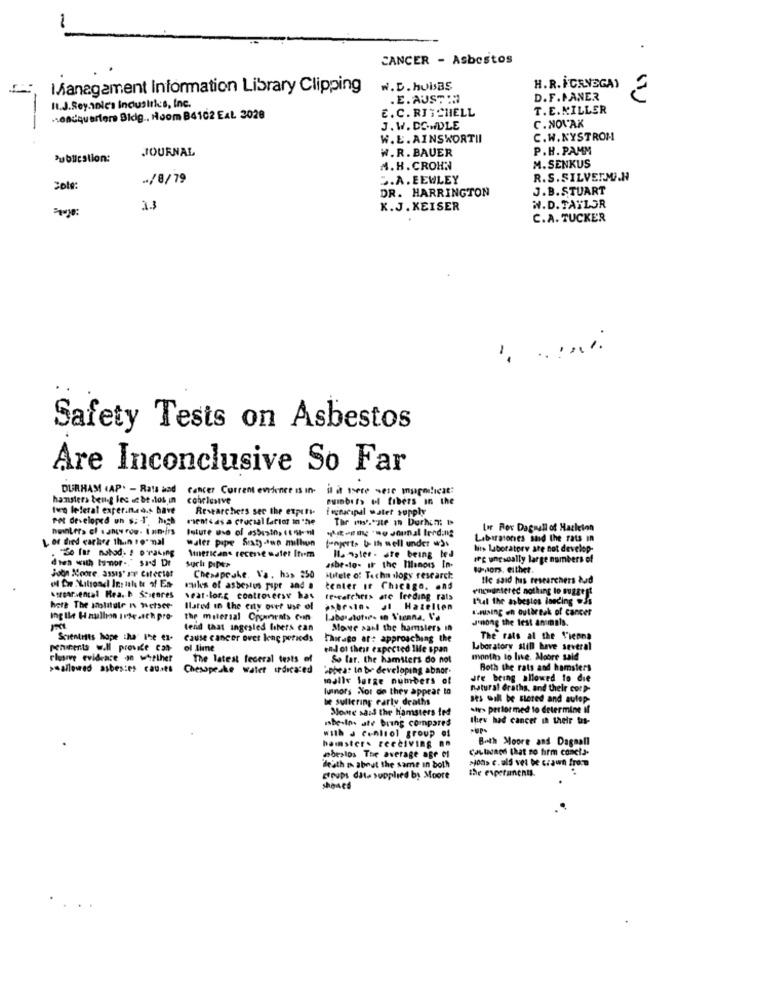
-
.
CANCER - Asbestos
Management Information Library Clipping
W.D. HUisBS
H.R. ICANSGA)
Il.J.Sey.10le's Inclustrics, Inc.
.E. AUST :
D.F.MANER
E.C. RITCHELL
T.E.NILLER
Headquarters Sidig .. Noom B4102 EAL 2028
J.W. DOWDLE
C. NOVAK
W.E. AINSWORTII
C.W.NYSTROM
JOURNAL
W.R. BAUER
P.H. PAMM
Publication:
M.SENKUS
M. H. CROHN
-. /8/79
D.A. EEWLEY
R.S.SILVERMAN
DR. HARRINGTON
J.B.STUART
W.D. TAYLOR
23
K.J. KEISER
C.A. TUCKER
Safety Tests on Asbestos
Are Inconclusive So Far
DURHAM (AP. - Rats and
Cancer Corrent evidence is in.
il it tere sese mugolicat:
hansters beng fec .c bt .los in
conclusive
punbits of fibers in the
Iven leferal exper.n.o.s have
Researchers see the experi-
fognacipal water supply
Pot developed un s: T. high
mient & as a crucial Lacint in the
Lor Rox Dagouall of Hackcion
L of died carhire th.n romal
water pipe Sixty-two million
fungerte & the well under w)s
Laboratories and the rats in
Americans receive water Item
Its Laboratory are not develop-
die with tommor .. " sand Dr
Ils-noter . are being led
IFc ursoally large numbers of
Joon Moore. 3551s' av Cotector
Chesapeake. Va. has 350
asbe-to- if the Illinois In-
I-Hors. either.
Hitele of Techn logy research
the said has researchers bud
soroarvencal Hea. b Sosgares
rules of asbestos pipe and a
tenter it Chicago. and
encountered nothing to suggest
weat-lore controversy has
te-earcher> ate freding rats
I'll the asbestos landing .Js
hoth The Molalule I metser-
Ilared in the enty over use of
asbr.in. JI Hazelten
Kruising en outbreak of cancer
Ing Ile Haulhon 1Pte .ith pro-
the material Croient> Cvin
J'nong the test animals.
tend that ingested fibers can
Move sarl the hamsters in
Scientists hope the the e1-
Cause cancer over long periods
Thirago at: approaching the
The rats al the Vienna
Phinents will provide con-
ol Lime
endot their expected life span
Laboratory still have several
clusive evidence on whether
The latest feceral tests of
So far. the hamsters do not
months to live. Moore said
>hallowed asbes:es cauats
Chesapeake water irdicated
'appear In br developing abnor-
Both the rats and hamsters
malle large numbers of
Jre being allowed to die
luinors Nor do they appear to
natural Graths, and their corp-
be sullering early deaths
ses will be stored and autop-
Mone said the hamsters ted
shir> performed to determine if
Isbe-Ins ate bring compares
they had cancer in their tas-
with a control group ei
hamsters receiving an
Beth Moore and Dagmall
coulsongs that no firm conels-
abestos The average age el
»ions c. ulf vel be crown from
death m about the same in both
the esperanents.
Etpups data supplied by Moore
showed
...